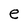
Character: e